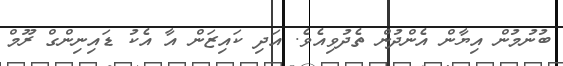
ބުނުމުން އިޔާން އެންދުން ތެދުވިއެވެ. އަދި ކައިޒަން އާ އެކު ޑައިނިންގް ރޫމް